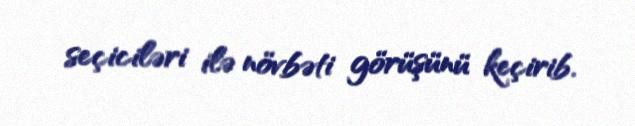
seçiciləri ilə növbəti görüşünü keçirib.